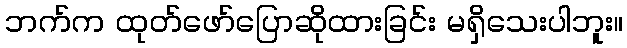
ဘက်က ထုတ်ဖော်ပြောဆိုထားခြင်း မရှိသေးပါဘူး။